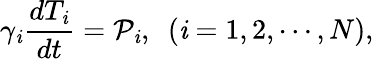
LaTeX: \gamma_{\mathit{i}}\frac{{dT_{\mathit{i}}}}{{dt}}=\mathcal{P}_{\mathit{i}},~~(\mathit{i}=1,2,\cdots,N),